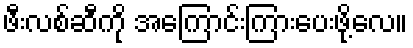
ဖီးလစ်ဆီကို အကြောင်းကြားပေးဖို့လေ။